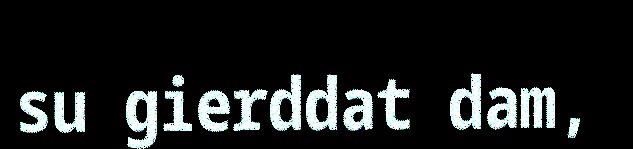
su gierddat dam,